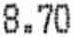
8.70